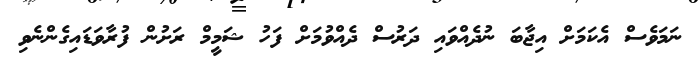
ނަމަވެސް އެކަމަށް އިޖާބަ ނުދެއްވައި ދަރުސް ދެއްވުމަށް ފަހު ޝަމީމް ރަށުން ފުރާވަޑައިގެންނެވި